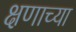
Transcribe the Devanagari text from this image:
क्षणाच्या